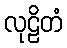
လုဠိတံ